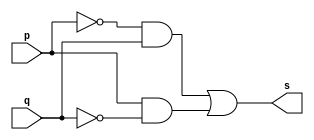
// ---------------------
// Exercicio 06  - XOR
// Nome: Josu
// ---------------------


// ---------------------
// -- xor gate
// ---------------------
module xorgate (output s, input p, input q);

    assign s = ( (~(p) & q) | (p & ~(q)) );

endmodule


// ---------------------
// -- test xorgate
// ---------------------
module testxorgate;

    reg a, b;
    wire s;

    xorgate XOR1 (s, a, b);

    initial begin:main
        $display("test xor:");
        $display("\n  ( (~(p) & q) | (p & ~(q)) ) = s \n");
        $monitor(" ( (~(%b) & %b) | (%b & ~(%b)) )", a, b, a, b, s);

        a = 0;
        b = 0;

        #1  a = 0;    b = 1;
        #1  a = 1;    b = 0;
        #1  a = 1;    b = 1;
    end

endmodule